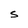
Character: S